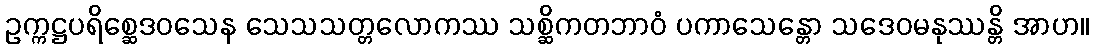
ဥက္ကဋ္ဌပရိစ္ဆေဒဝသေန သေသသတ္တလောကဿ သစ္ဆိကတဘာဝံ ပကာသေန္တော သဒေဝမနုဿန္တိ အာဟ။